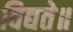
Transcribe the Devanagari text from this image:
विद्यते॥